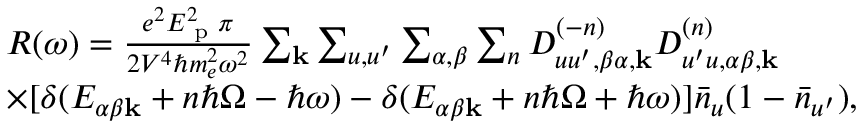
\begin{array} { r l } & { R ( \omega ) = \frac { e ^ { 2 } E _ { \textrm { p } } ^ { 2 } \pi } { 2 V ^ { 4 } \hbar m _ { e } ^ { 2 } \omega ^ { 2 } } \sum _ { \mathbf { k } } \sum _ { u , u ^ { \prime } } \sum _ { \alpha , \beta } \sum _ { n } D _ { u u ^ { \prime } , \beta \alpha , \mathbf { k } } ^ { ( - n ) } D _ { u ^ { \prime } u , \alpha \beta , \mathbf { k } } ^ { ( n ) } } \\ & { \times [ \delta ( E _ { \alpha \beta \mathbf { k } } + n \hbar \Omega - \hbar \omega ) - \delta ( E _ { \alpha \beta \mathbf { k } } + n \hbar \Omega + \hbar \omega ) ] \bar { n } _ { u } ( 1 - \bar { n } _ { u ^ { \prime } } ) , } \end{array}